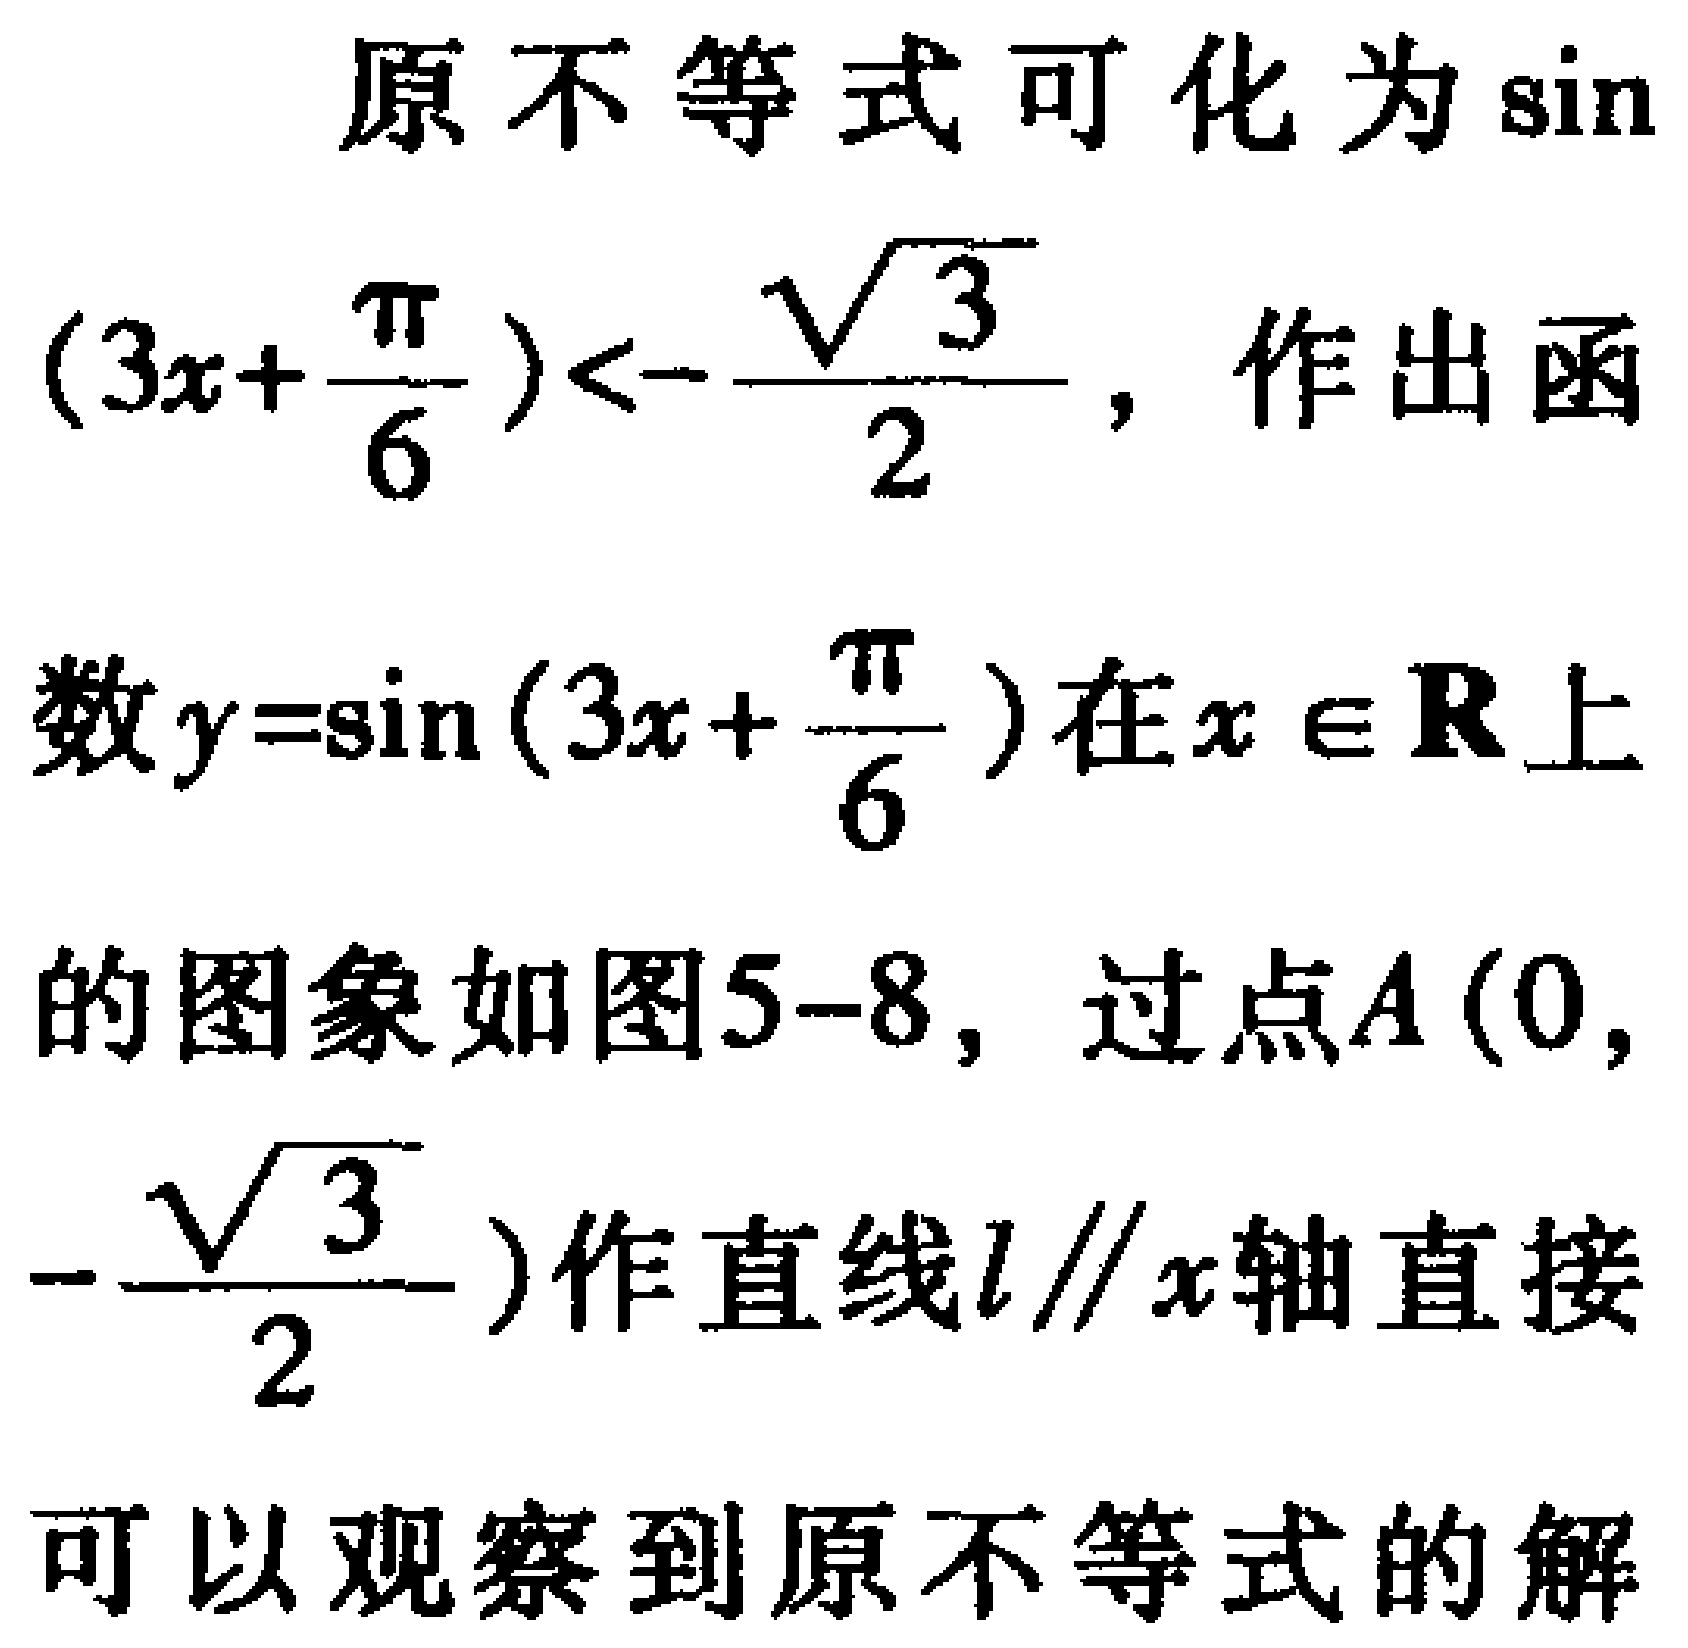
原不等式可化为\(\sin(3x + \frac{\pi}{6})<-\frac{\sqrt{3}}{2}\)，作出函数\(y = \sin(3x + \frac{\pi}{6})\)在\(x\in\mathbf{R}\)上的图象如图5 - 8，过点\(A(0,-\frac{\sqrt{3}}{2})\)作直线\(l\parallel x\)轴直接可以观察到原不等式的解